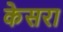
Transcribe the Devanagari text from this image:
केसरा